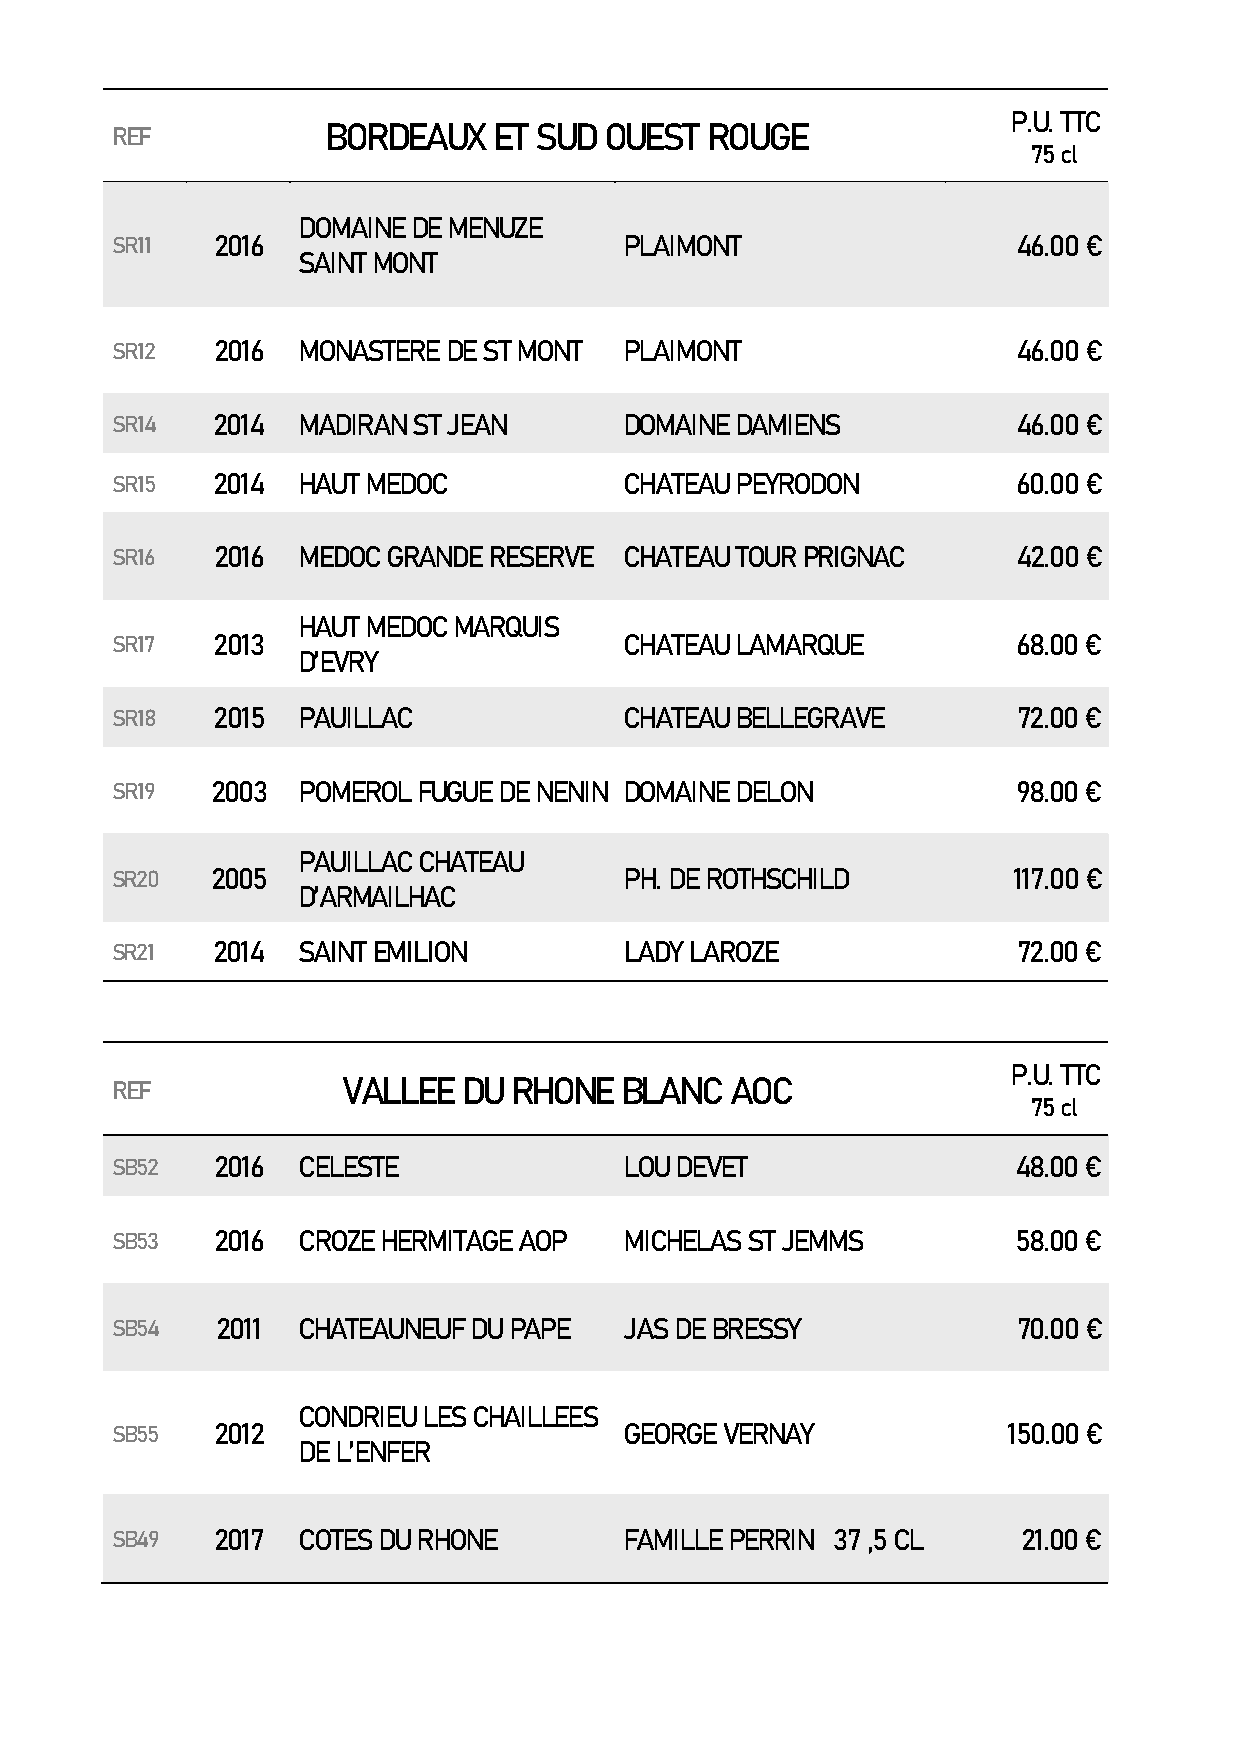
P.U. TTC
 REF            BORDEAUX   ET SUD OUEST  ROUGE
 75 cl
 DOMAINE DE MENUZE
 SR11   2016                       PLAIMONT                  46.00 €
 SAINT MONT
 SR12   2016  MONASTERE DE ST MONT PLAIMONT                  46.00 €
 SR14   2014  MADIRAN ST JEAN      DOMAINE DAMIENS           46.00 €
 SR15   2014  HAUT MEDOC           CHATEAU PEYRODON          60.00 €
 SR16   2016  MEDOC GRANDE RESERVE CHATEAU TOUR PRIGNAC      42.00 €
 HAUT MEDOC MARQUIS
 SR17   2013                       CHATEAU LAMARQUE          68.00 €
 D’EVRY
 SR18   2015  PAUILLAC             CHATEAU BELLEGRAVE        72.00 €
 SR19   2003  POMEROL FUGUE DE NENIN DOMAINE DELON           98.00 €
 PAUILLAC CHATEAU
 SR20   2005                       PH. DE ROTHSCHILD         117.00 €
 D’ARMAILHAC
 SR21   2014  SAINT EMILION        LADY LAROZE               72.00 €
 P.U. TTC
 REF             VALLEE  DU RHONE  BLANC  AOC
 75 cl
 SB52   2016  CELESTE              LOU DEVET                 48.00 €
 SB53   2016  CROZE HERMITAGE AOP  MICHELAS ST JEMMS         58.00 €
 SB54   2011  CHATEAUNEUF DU PAPE  JAS DE BRESSY             70.00 €
 CONDRIEU LES CHAILLEES
 SB55   2012                       GEORGE VERNAY             150.00 €
 DE L’ENFER
 SB49   2017  COTES DU RHONE       FAMILLE PERRIN 37 ,5 CL    21.00 €